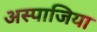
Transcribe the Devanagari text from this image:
अस्पाजिया